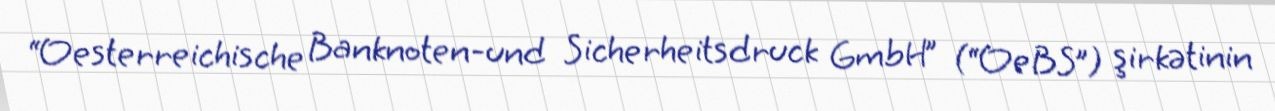
“Oesterreichische Banknoten-und Sicherheitsdruck GmbH” (“OeBS”) şirkətinin